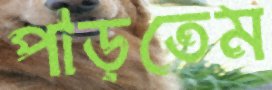
পাড়তেম